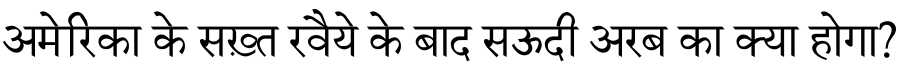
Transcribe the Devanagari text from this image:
अमेरिका के सख़्त रवैये के बाद सऊदी अरब का क्या होगा?